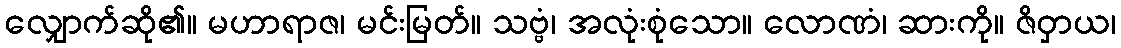
လျှောက်ဆို၏။ မဟာရာဇ၊ မင်းမြတ်။ သဗ္ဗံ၊ အလုံးစုံသော။ လောဏံ၊ ဆားကို။ ဇိဝှာယ၊